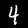
Label: 4